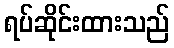
ရပ်ဆိုင်းထားသည်